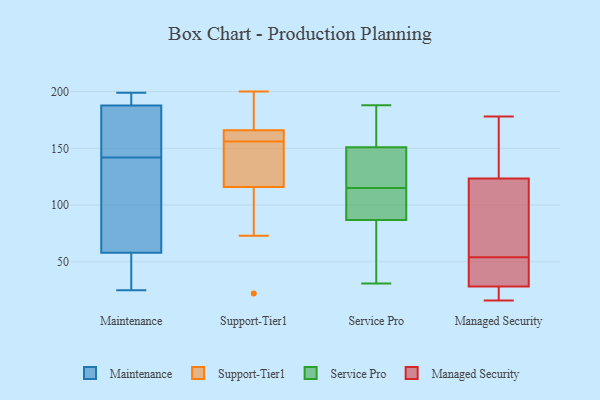
{"axis": {"x": "Satisfaction Score", "y": "Value"}, "legend": ["Maintenance", "Managed Security", "Service Pro", "Support-Tier1"], "data": [{"x": "", "y": 29, "type": "Maintenance"}, {"x": "", "y": 183, "type": "Maintenance"}, {"x": "", "y": 25, "type": "Maintenance"}, {"x": "", "y": 190, "type": "Maintenance"}, {"x": "", "y": 126, "type": "Maintenance"}, {"x": "", "y": 29, "type": "Maintenance"}, {"x": "", "y": 128, "type": "Maintenance"}, {"x": "", "y": 65, "type": "Maintenance"}, {"x": "", "y": 142, "type": "Maintenance"}, {"x": "", "y": 187, "type": "Maintenance"}, {"x": "", "y": 147, "type": "Maintenance"}, {"x": "", "y": 158, "type": "Maintenance"}, {"x": "", "y": 116, "type": "Maintenance"}, {"x": "", "y": 199, "type": "Maintenance"}, {"x": "", "y": 37, "type": "Maintenance"}, {"x": "", "y": 192, "type": "Maintenance"}, {"x": "", "y": 196, "type": "Maintenance"}, {"x": "", "y": 73, "type": "Support-Tier1"}, {"x": "", "y": 179, "type": "Support-Tier1"}, {"x": "", "y": 166, "type": "Support-Tier1"}, {"x": "", "y": 156, "type": "Support-Tier1"}, {"x": "", "y": 156, "type": "Support-Tier1"}, {"x": "", "y": 116, "type": "Support-Tier1"}, {"x": "", "y": 22, "type": "Support-Tier1"}, {"x": "", "y": 161, "type": "Support-Tier1"}, {"x": "", "y": 130, "type": "Support-Tier1"}, {"x": "", "y": 200, "type": "Support-Tier1"}, {"x": "", "y": 121, "type": "Service Pro"}, {"x": "", "y": 73, "type": "Service Pro"}, {"x": "", "y": 83, "type": "Service Pro"}, {"x": "", "y": 168, "type": "Service Pro"}, {"x": "", "y": 188, "type": "Service Pro"}, {"x": "", "y": 151, "type": "Service Pro"}, {"x": "", "y": 115, "type": "Service Pro"}, {"x": "", "y": 107, "type": "Service Pro"}, {"x": "", "y": 128, "type": "Service Pro"}, {"x": "", "y": 151, "type": "Service Pro"}, {"x": "", "y": 99, "type": "Service Pro"}, {"x": "", "y": 98, "type": "Service Pro"}, {"x": "", "y": 68, "type": "Service Pro"}, {"x": "", "y": 160, "type": "Service Pro"}, {"x": "", "y": 31, "type": "Service Pro"}, {"x": "", "y": 45, "type": "Managed Security"}, {"x": "", "y": 37, "type": "Managed Security"}, {"x": "", "y": 145, "type": "Managed Security"}, {"x": "", "y": 94, "type": "Managed Security"}, {"x": "", "y": 22, "type": "Managed Security"}, {"x": "", "y": 20, "type": "Managed Security"}, {"x": "", "y": 178, "type": "Managed Security"}, {"x": "", "y": 39, "type": "Managed Security"}, {"x": "", "y": 54, "type": "Managed Security"}, {"x": "", "y": 16, "type": "Managed Security"}, {"x": "", "y": 19, "type": "Managed Security"}, {"x": "", "y": 94, "type": "Managed Security"}, {"x": "", "y": 28, "type": "Managed Security"}, {"x": "", "y": 122, "type": "Managed Security"}, {"x": "", "y": 142, "type": "Managed Security"}, {"x": "", "y": 124, "type": "Managed Security"}, {"x": "", "y": 101, "type": "Managed Security"}, {"x": "", "y": 29, "type": "Managed Security"}, {"x": "", "y": 128, "type": "Managed Security"}]}